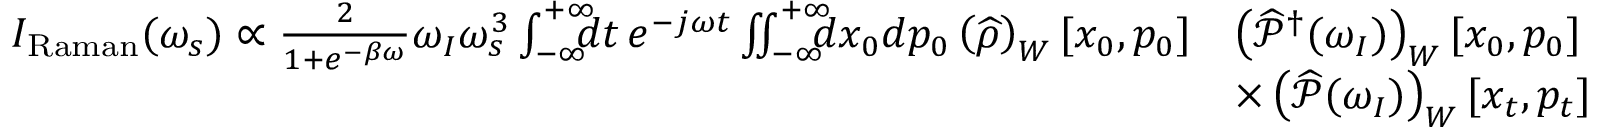
\begin{array} { r l } { I _ { \mathrm { R a m a n } } ( \omega _ { s } ) \propto \frac { 2 } { 1 + e ^ { - \beta \omega } } \omega _ { I } \omega _ { s } ^ { 3 } \int _ { - \infty } ^ { + \infty } \! \! \! \! d t \, e ^ { - j \omega t } \iint _ { - \infty } ^ { + \infty } \! \! \! \! d x _ { 0 } d p _ { 0 } \left( \widehat { \rho } \right) _ { W } [ x _ { 0 } , p _ { 0 } ] } & { \left( \widehat { \mathcal { P } } ^ { \dagger } ( \omega _ { I } ) \right) _ { W } [ x _ { 0 } , p _ { 0 } ] } \\ & { \times \left( \widehat { \mathcal { P } } ( \omega _ { I } ) \right) _ { W } [ x _ { t } , p _ { t } ] } \end{array}